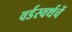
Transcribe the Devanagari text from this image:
वर्डस्वर्थचें